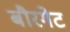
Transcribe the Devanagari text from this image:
बौरगेट